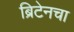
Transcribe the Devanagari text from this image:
ब्रिटेनचा